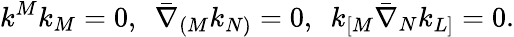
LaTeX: k^{M}k_{M}=0,~~\bar{\nabla}_{(M}k_{N)}=0,~~k_{[M}\bar{\nabla}_{N}k_{L]}=0.